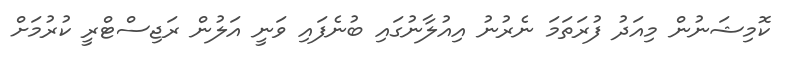
ކޮމިޝަނުން މިއަދު ފުރަތަމަ ނެރުނު އިއުލާނުގައި ބުނެފައި ވަނީ އަލުން ރަޖިސްޓްރީ ކުރުމަށް